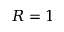
R = 1